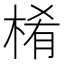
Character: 㮁